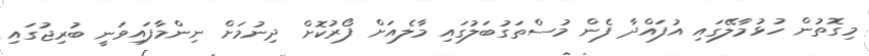
މިގޮތުން ހުޅުމާލޭގައި އުފައްދާ ފެން މުސްތަގުބަލުގައި މާލެއަށް ފޯރުކޮށް ދިނުމަށް ނިންމާފައިވަނީ ބުރިޖުގައި